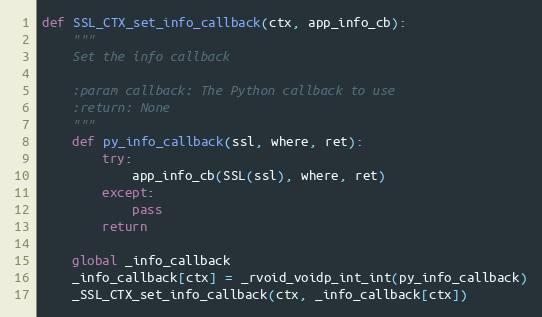
Language: Python
def SSL_CTX_set_info_callback(ctx, app_info_cb):
    """
    Set the info callback

    :param callback: The Python callback to use
    :return: None
    """
    def py_info_callback(ssl, where, ret):
        try:
            app_info_cb(SSL(ssl), where, ret)
        except:
            pass
        return

    global _info_callback
    _info_callback[ctx] = _rvoid_voidp_int_int(py_info_callback)
    _SSL_CTX_set_info_callback(ctx, _info_callback[ctx])